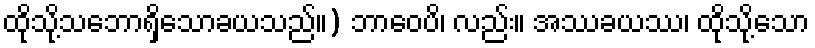
ထိုသို့သဘောရှိသောခယသည်။) ဘာဝေပိ၊ လည်း။ အဿခယဿ၊ ထိုသို့သော